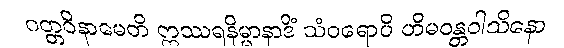
ဂတ္တဝိနာမေတိ ဣဿရနိမ္မာနာဒိံ သံဝရောပိ ဟိမဝန္တဝါသိနော